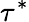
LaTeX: \tau^{\ast}